Reports on dispensaries and lunatic asylums in the Province of Oudh - 1869-1876
Year: 1869
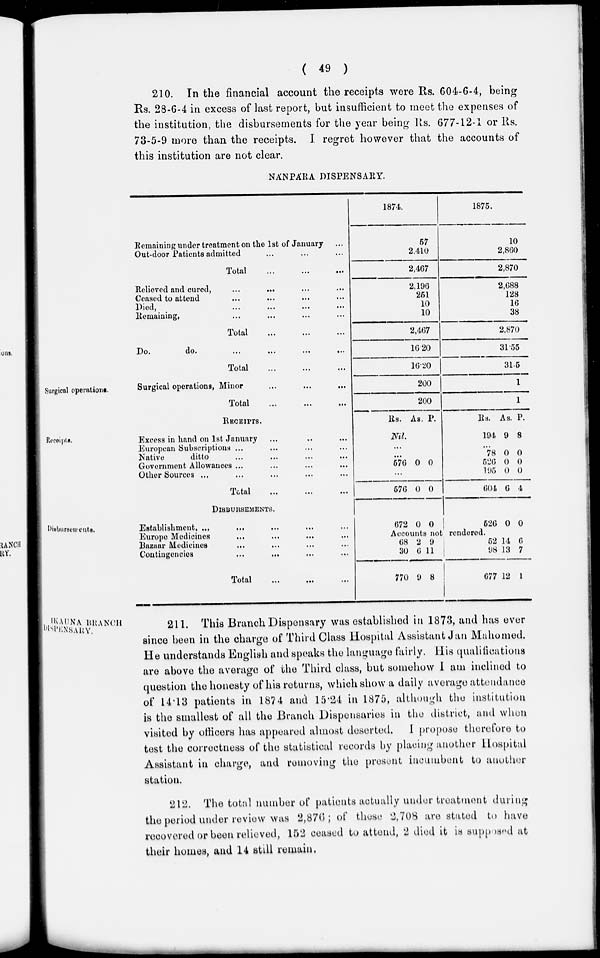
( 49 )
210. In the financial account the receipts were Rs. 604-6-4, being
Rs. 28-6-4 in excess of last report, but insufficient to meet the expenses of
the institution, the disbursements for the year being Rs. 677-12-1 or Rs.
73-5-9 more than the receipts. I regret however that the accounts of
this institution are not clear.
NÁNPÁRA DISPENSARY.
Remaining under treatment on the 1st of January ...
Out-door Patients admitted ... ... ...
Total
...
...
...
1874.
57
2,410
2,467
1875.
10
2,860
2,870
Relieved and cured, ... ... ...
...
Ceased to attend ... ... ... ...
Died, ... ... ... ...
Remaining, ... ... ... ...
Total ... ... ...
2.196
251
10
10
2,467
2,688
128
16
38
2,870
Do.
do.
...
...
...
...
Total ... ... ...
16.20
16.20
31.55
31.5
Surgical operations.
Surgical operations, Minor ... ... ...
Total ... ... ...
200
200
1
1
Receipts.
RECEIPTS.
Excess in hand on 1st January ... ... ...
European Subscriptions ... ... ... ...
Native
ditto ... ... ... ...
Government Allowances ... ... ... ...
Other Sources ... ... ... ... ...
Total ... ... ...
Rs. As. P.
Nil.
...
...
576 0 0
...
576 0 0
Rs.
194
As.
9
P.
8
...
78
526
195
604
0
0
0
6
0
0
0
4
Disbursements.
DISBURSEMENTS.
Establishment, ... ... ... ... ...
Europe Medicines ... ... ... ...
Bazaar Medicines ... ... ... ...
Contingencies ... ... ... ...
Total ... ... ...
672 0 0
526 0 0
Accounts not rendered.
68
30
770
2
6
9
9
11
8
52
98
677
14
13
12
6
7
1
IKAUNA BBRANCH
DISPENSARY.
211. This Branch Dispensary was established in 1873, and has ever
since been in the charge of Third Class Hospital Assistant Jan Mahomed.
He understands English and speaks the language fairly. His qualifications
are above the average of the Third class, but somehow I am inclined to
question the honesty of his returns, which show a daily average attendance
of 14.13 patients in 1874 and 15.24 in 1875, although the institution
is the smallest of all the Branch Dispensaries in the district, and when
visited by officers has appeared almost deserted.
I propose therefore to
test the correctness of the statistical records by placing another Hospital
Assistant in charge, and removing the present incumbent to another
station.
212. The total number of patients actually under treatment during
the period under review was 2,876 ; of these 2,708 are stated to have
recovered or been relieved, 152 ceased to attend, 2 died it is supposed at
their homes, and 14 still remain.